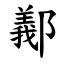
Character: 䣡